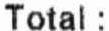
TOTAL :